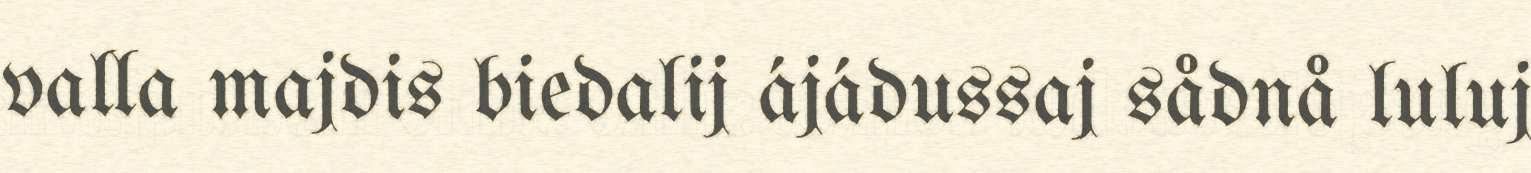
valla majdis biedalij ájádussaj sådnå luluj